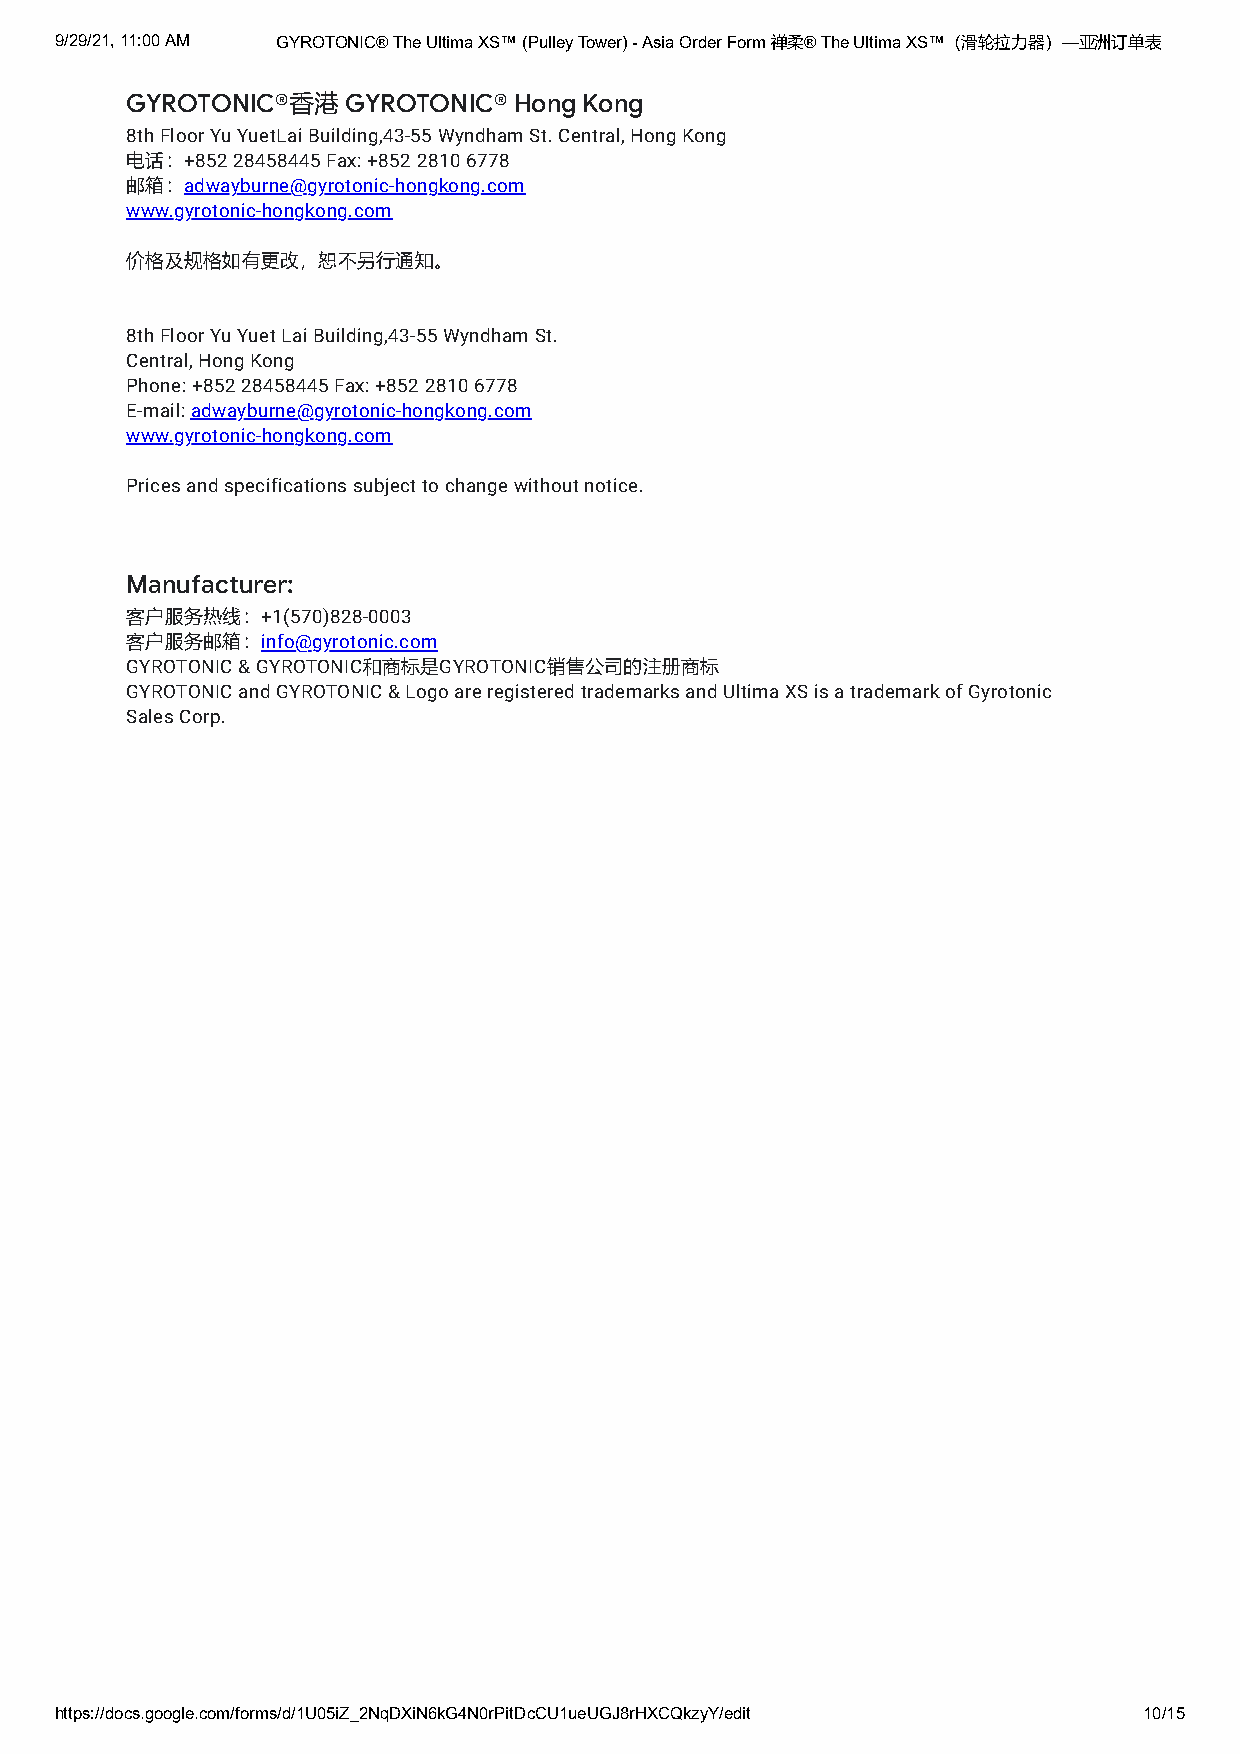
9/29/21, 11:00 AM GYROTONIC® The Ultima XS™ (Pulley Tower) - Asia Order Form 禅柔® The Ultima XS™（滑轮拉力器）—亚洲订单表
 GYROTONIC®香港   GYROTONIC® Hong Kong
 8th Floor Yu YuetLai Building,43-55 Wyndham St. Central, Hong Kong
 电话：+852 28458445 Fax: +852 2810 6778
 邮箱：adwayburne@gyrotonic-hongkong.com
 www.gyrotonic-hongkong.com
 价格及规格如有更改，恕不另行通知。
 8th Floor Yu Yuet Lai Building,43-55 Wyndham St.
 Central, Hong Kong
 Phone: +852 28458445 Fax: +852 2810 6778
 E-mail: adwayburne@gyrotonic-hongkong.com
 www.gyrotonic-hongkong.com
 Prices and specifications subject to change without notice.
 Manufacturer:
 客户服务热线：+1(570)828-0003
 客户服务邮箱：info@gyrotonic.com
 GYROTONIC & GYROTONIC和商标是GYROTONIC销售公司的注册商标
 GYROTONIC and GYROTONIC & Logo are registered trademarks and Ultima XS is a trademark of Gyrotonic
 Sales Corp.
 https://docs.google.com/forms/d/1U05iZ_2NqDXiN6kG4N0rPitDcCU1ueUGJ8rHXCQkzyY/edit 10/15